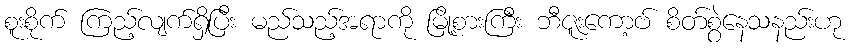
စူးစိုက် ကြည့်လျက်ရှိပြီး မည်သည့်အရာကို မြို့စားကြီး ဘီဇူးကော့ဗ် စိတ်စွဲနေသနည်းဟု